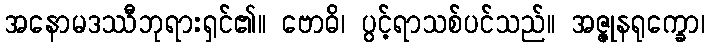
အနောမဒဿီဘုရားရှင်၏။ ဗောဓိ၊ ပွင့်ရာသစ်ပင်သည်။ အဇ္ဇုနရုက္ခော၊